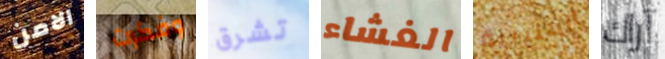
الامن وفكرت تشرق الغشاء الصليبية آراك